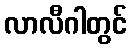
လာလီဂါတွင်